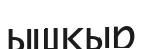
ышқыр